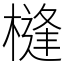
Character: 槰